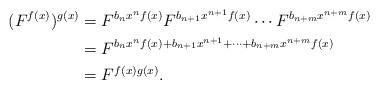
LaTeX: \begin{align*}(F^{f(x)})^{g(x)}&=F^{b_n x^n f(x)} F^{b_{n+1} x^{n+1} f(x)}\cdots F^{b_{n+m} x^{n+m} f(x)}\\&=F^{b_n x^n f(x)+b_{n+1}x^{n+1}+\cdots+ b_{n+m} x^{n+m} f(x)}\\&=F^{f(x)g(x)}.\end{align*}